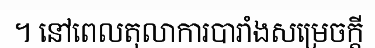
។ នៅពេលតុលាការបារាំងសម្រេចក្តី